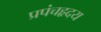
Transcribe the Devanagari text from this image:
प्रपंचहृदय